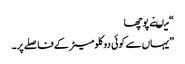
“ میںنے پوچھا
”یہاں سے کوئی دو کلومیٹر کے فاصلے پر۔